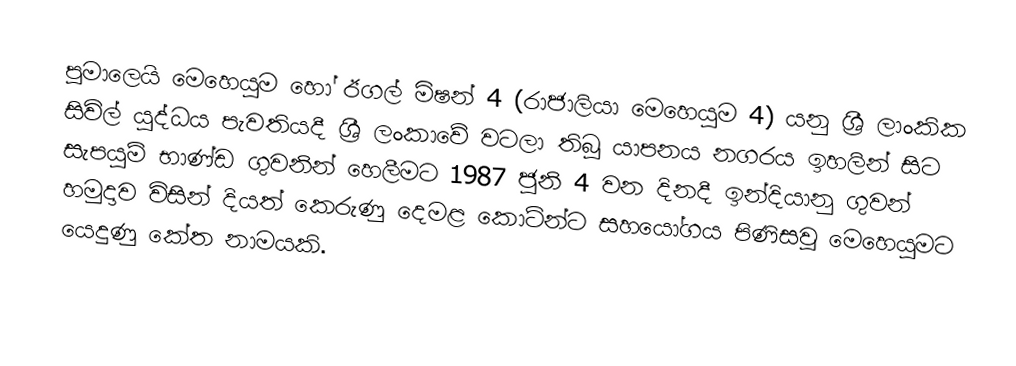
පූමාලෙයි මෙහෙයුම හෝ  ඊගල් මිෂන් 4  (රාජාලියා මෙහෙයුම 4) යනු ශ්‍රී ලාංකික සිවිල් යුද්ධය පැවතියදී   ශ්‍රී ලංකාවේ වටලා තිබූ  යාපනය නගරය ඉහලින් සිට සැපයුම් භාණ්ඩ ගුවනින් හෙලීමට 1987 ජූනි 4 වන දිනදී ඉන්දියානු ගුවන් හමුදාව විසින් දියත් කෙරුණු දෙමළ කොටින්ට සහයෝගය පිණිසවූ මෙහෙයුමට යෙදුණු කේත නාමයකි.